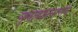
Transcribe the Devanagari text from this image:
गुलाबाप्रमाणेच